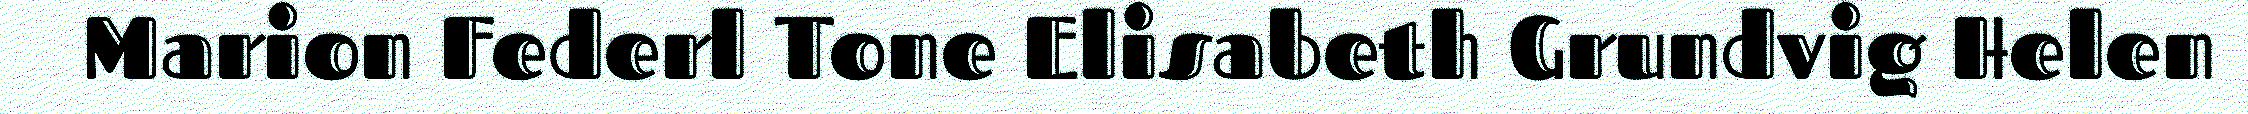
Marion Federl Tone Elisabeth Grundvig Helen